Medical and sanitary report of the native army of Bengal for the year
Year: 1874
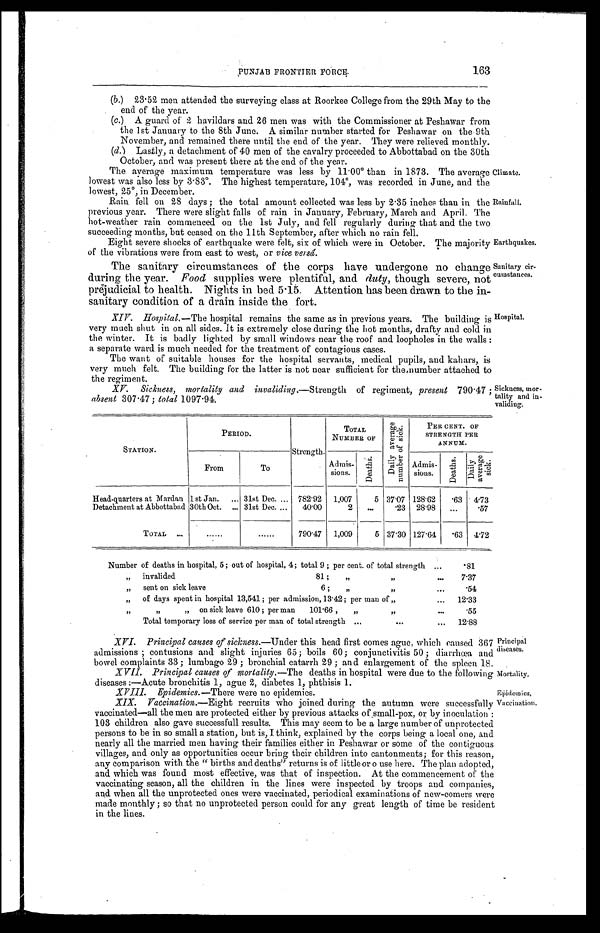
Principal
diseases.
Mortality.
Epidemics,
Vaccination.
163
PUNJAB FRONTIER FORCE.
(b.) 23.52 men attended the surveying class at Roorkee College from the 29th May to the
end of the year.
(c.) A g u a r d o f 2 h a v i l d a r s a n d 2 6 me n w a s w i t h t h e C o mmi s s i o n e r a t P e s h a w a r f r o m
the 1st January to the 8th June. A similar number started for Peshawar on the 9th
November, and remained there until the end of the year. They were relieved monthly.
(d.) Lastly, a detachment of 40 men of the cavalry proceeded to Abbottabad on the 30th
October, and was present there at the end of the year.
The average maximum temperature was less by 11.00° than in 1873. The average
lowest was also less by 3.83°. The highest temperature, 104°, was recorded in June, and the
lowest, 25°, in December.
Rain fell on 28 days; the total amount collected was less by 2.35 inches than in the
previous year. There were slight falls of rain in January, February, March and April. The
hot-weather rain commenced on the 1st July, and fell regularly during that and the two
succeeding months, but ceased on the 11th September, after which no rain fell.
Eight severe shocks of earthquake were felt, six of which were in October. The majority
of the vibrations were from east to west, or vice versâ.
The sanitary circumstances of the corps have undergone no change
during the year. Food supplies were plentiful, and duty, though severe, not
prejudicial to health. Nights in bed 5.15. Attention has been drawn to the in
-sanitary condition of a drain inside the fort.
XIV. Hospital. —The hospital remains the same as in previous years. The building is
very much shut in on all sides. It is extremely close
''
during the hot months, drafty and cold in
the winter. It is badly lighted by small windows near the roof and loopholes in the walls:
a separate ward is much needed for the treatment of contagious cases.
The want of suitable houses for the hospital servants, medical pupils, and kahars, is
very much felt. The building for the latter is not near sufficient for the number attached to
the regiment.
XV. Sickness, mortality and invaliding.—Strength of regiment, present 790.47
absent 307.47; total 1097.94.
Climate.
Rainfall.
Earthquakes.
Sanitary cir
-cumstances.
Hospital.
Sickness, mor
-tality and in-
validing.
STATION.
PERIOD.
Strength.
TOTAL
NUMBER OF
Da i l y a v e r a g e
n u mb e r o f s i c k .
PER CENT. OF
STRENGTH PER
ANNUM.
From
To
Admis-
sions. De a t h s .
Admis-
sions. D e a t h s .
D a i l y
a v e r a g e
s i c k
Head-quarters at Mardan 1st Jan.
31st Dec.
782.92 1,007
5 37.07 128.62 .63 4.73
Detachment at Abbottabad 30th Oct.
31st Dec. 40.00
2
.23 28.98
.57
TOTAL
790.47 1,009
5 37.30 127.64 .63 4.72
Number of deaths in hospital, 5; out of hospital, 4; total 9; per cent. of total strength
.81
" i n v a l i d e d 8 1 ; " " 7.37
" sent on sick leave 6; " "
.54
" of days spent in hospital 13,541; per admission, 13.42; per man of " 12.33
" " "on sick leave 610; per man 101.66, " "
.55
Total temporary loss of service per man of total strength
12.88
XVI. Principal causes of sickness. —Under this head first comes ague, which caused 367
admissions; contusions and slight injuries 65; boils 60; conjunctivitis 50; diarrhœa, and
bowel complaints 33; lumbago 29; bronchial catarrh 29; and enlargement of the spleen 18.
XVII. Principal causes of mortality. —The deaths in hospital were due to the following
diseases:—Acute bronchitis 1, ague 2, diabetes 1 , phthisis 1.
X V I I I . E p i d e m i c s .
— T h e r e w e r e n o e p i d e m i c s .
XIX. Vaccination.—Eight recruits who joined during the autumn were successfully
vaccinated—all the men are protected either by previous attacks of small-pox, or by inoculation:
103 children also gave successfull results. This may seem to be a large number of unprotected
persons to be in so small a station, but is, I think, explained by the corps being a local one, and
nearly all the married men having their families either in Peshawar or some of the contiguous
villages, and only as opportunities occur bring their children into cantonments; for this reason,
any comparison with the "births and deaths" returns is of little or o use here. The plan adopted,
and which was found most effective, was that of inspection. At the commencement of the
vaccinating season, all the children in the lines were inspected by troops and companies,
and when all the unprotected ones were vaccinated, periodical examinations of new-comers were
made monthly; so that no unprotected person could for any great length of time be resident
in the lines.